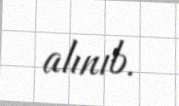
alınıb.